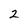
Character: 2